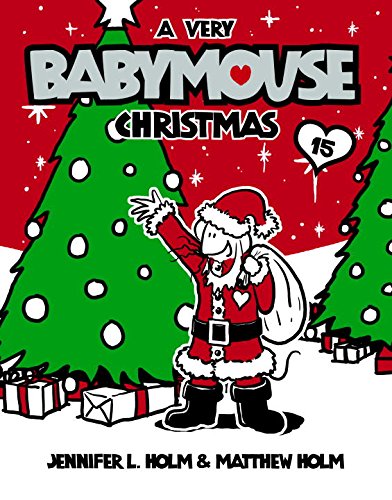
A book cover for Babymouse #15: A Very Babymouse Christmas; Jennifer L. Holm; Children's Books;